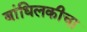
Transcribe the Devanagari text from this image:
बांधिलकीचा